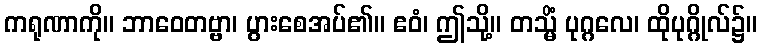
ကရုဏာကို။ ဘာဝေတဗ္ဗာ၊ ပွားစေအပ်၏။ ဧဝံ၊ ဤသို့။ တသ္မိံ ပုဂ္ဂလေ၊ ထိုပုဂ္ဂိုလ်၌။